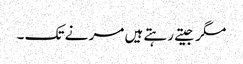
مگر جیتے رہتے ہیں مر نے تک ۔